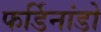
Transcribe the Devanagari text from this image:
फर्डिनांडो